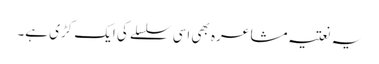
یہ نعتیہ مشاعرہ بھی اسی سلسلے کی ایک کڑی ہے۔